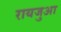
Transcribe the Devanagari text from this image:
रायजुआ